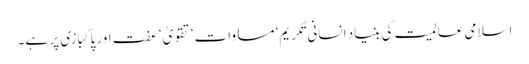
اسلامی عالمیت کی بنیاد انسانی تکریم‘ مساوات‘ تقویٰ‘ عفت اور پاکبازی پر ہے۔